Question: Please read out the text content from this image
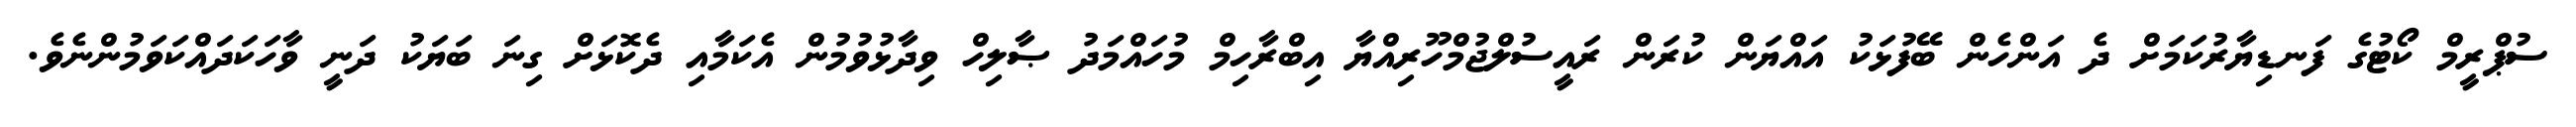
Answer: ސުޕްރީމް ކޯޓުގެ ފަނޑިޔާރުކަމަށް ދެ އަންހެން ބޭފުޅަކު އައްޔަން ކުރަން ރައީސުލްޖުމްހޫރިއްޔާ އިބްރާހިމް މުހައްމަދު ޞާލިހް ވިދާޅުވުމުން އެކަމާއި ދެކޮޅަށް ގިނަ ބަޔަކު ދަނީ ވާހަކަދައްކަވަމުންނެވެ.